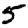
Digit: 5